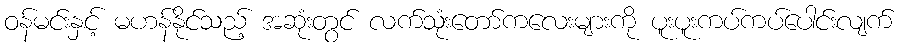
ဝန်မင်းနှင့် မဟန်နိုင်သည့် အဆုံးတွင် လက်သုံးတော်ကလေးများကို ပူးပူးကပ်ကပ်ပေါင်းလျက်